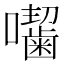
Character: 𭌰